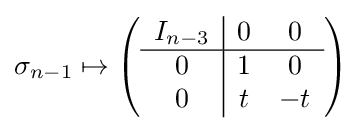
\sigma _{n-1}\mapsto \left({\begin{array}{c|cc}I_{n-3}&0&0\\\hline 0&1&0\\0&t&-t\end{array}}\right)